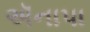
ઍનાપા